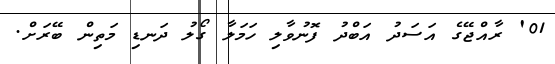
01' ރާއްޖޭގެ އަސަދު އަބްދު ފޮނުވާލި ހަމަލާ ގޯލު ދަނޑި މަތިން ބޭރަށް.